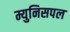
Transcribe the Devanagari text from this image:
म्युनिसपल